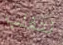
نتغلب